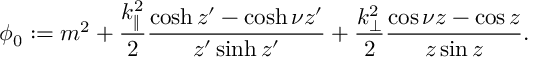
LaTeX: \phi _ { 0 } : = m ^ { 2 } + \frac { k _ { \| } ^ { 2 } } { 2 } \frac { \cosh z ^ { \prime } - \cosh \nu z ^ { \prime } } { z ^ { \prime } \sinh z ^ { \prime } } + \frac { k _ { \bot } ^ { 2 } } { 2 } \frac { \cos \nu z - \cos z } { z \sin z } .